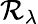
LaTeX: \mathcal{R}_{\lambda}